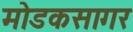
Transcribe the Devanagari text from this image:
मोडकसागर